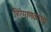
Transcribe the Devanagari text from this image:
हिरेमाणकांचा